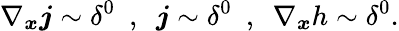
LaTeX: \nabla_{\boldsymbol{x}}\boldsymbol{j}\sim\delta^{0}\ \ ,\ \ \boldsymbol{j}\sim\delta^{0}\ \ ,\ \ \nabla_{\boldsymbol{x}}h\sim\delta^{0}.